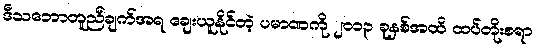
ဒီသဘောတူညီချက်အရ ချေးယူနိုင်တဲ့ ပမာဏကို ၂၀၁၃ ခုနှစ်အထိ ထပ်တိုးစရာ